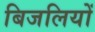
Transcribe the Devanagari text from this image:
बिजलियों